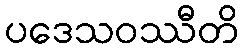
ပဒေသဝဿီတိ